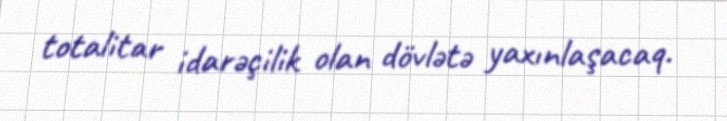
totalitar idarəçilik olan dövlətə yaxınlaşacaq.